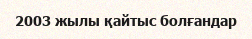
2003 жылы қайтыс болғандар